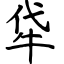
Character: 牮